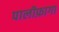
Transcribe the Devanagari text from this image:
पालीफ़ागा